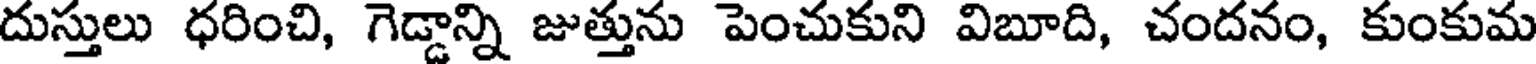
దుస్తులు ధరించి, గెడ్డాన్ని జుత్తును పెంచుకుని విబూది, చందనం, కుంకుమ